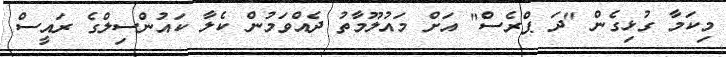
މިކަމާ ގުޅިގެން "ދަ ޕްރެސް" އަށް މައުލޫމާތު ދެއްވަމުން ކެލާ ކައުންސިލްގެ ރައީސް